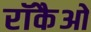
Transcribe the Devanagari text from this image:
रॉकैओ